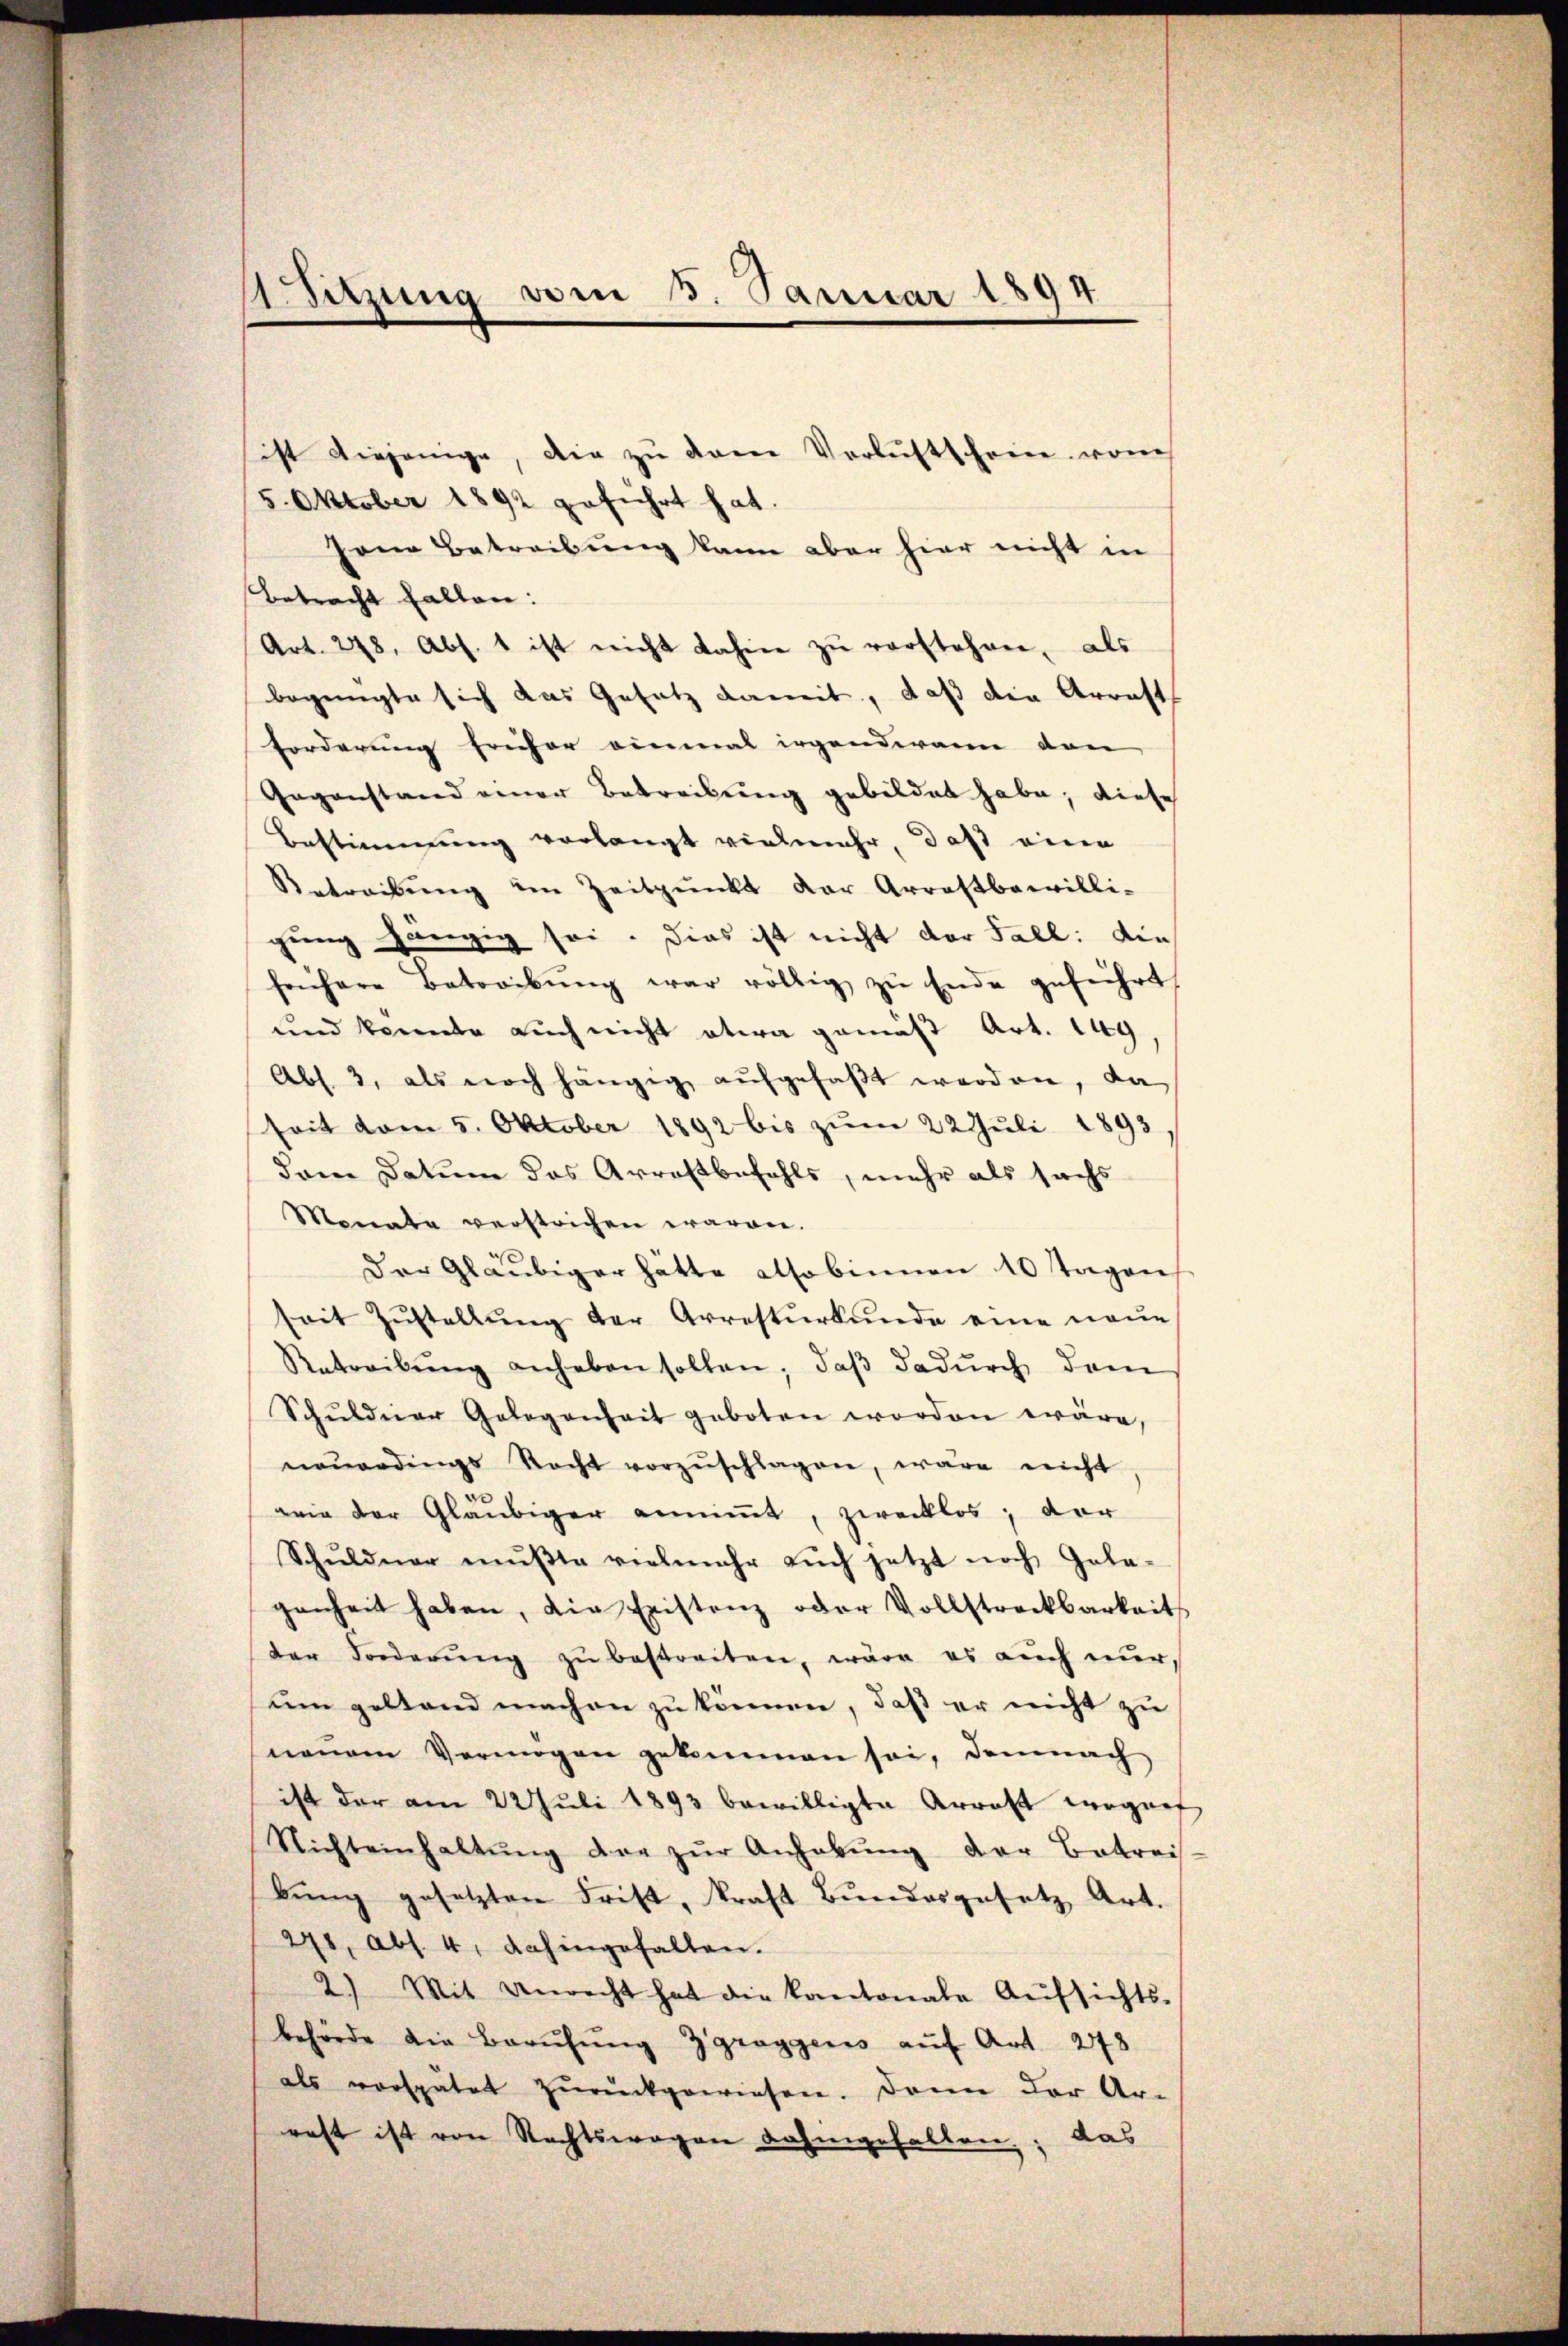
sist diejenige, die zu dem Verlustscheine von
5. Oktober 1892 geführt hat.
Jena Betreibung kann aber hier nicht in
Betracht fallen:
Art. 248, Abs. 1 ist nicht dahin zŭ verstehen, als
begnügte sich das Gesetz damit, daß die Arrest
forderung freiher einmal irgendiann den
Gegenstand einer Betreibŭng gebildet habe; diese
Bestimmung verlangt vielmehr, daß eine
Betreibŭng im Zeitpunkt der Arrestbewilli-
gung hängig sei. Dies ist nicht der Fall: die
frühere Betreibŭng war völlig zŭ Ende geführt
und konnte auch nicht etwa gemäß Art. 149
Abs. 3, als noch hängig aŭfgefaβt werden, da
seit vom 5. Oktober 1892 bis zum 22 Juli 1893
dem Datum das Arrestbefehls, mehr als sachs
Monate verstrichen waren.
Der Gläubiger hätte also binnen 10 Tagen
seit Zŭstellŭng der Arrestŭrkŭnde eine neue
Retreibŭng anheben sollen, daβ dadŭrch dem
Schŭldner Gelegenheit geboten worden wäre,
neŭerdings Recht vorzŭschlagen, wäre nicht,
wie der Gläubiger annimmt, zwecklos; der
Schŭldner mŭβte vielmehr aŭch jetzt noch Gele-
genheit haben, die Eristenz oder Vollstreckbarkeit
der Forderŭng zŭ bestreiten, wäre es aŭch nŭr.
um geltend machen zu können, daß er nicht zu
neuem Vermögen gekommen sei, demnach
ist der am 22 Juli 1893 bewilligte Arratt wegenf
Nichteinhaltŭng der zŭr Anhabŭng der Betrei-
bung gesetzten Frist, kraft Bundesgesetz Art.
248, Abs. 4. dahingefallen.
2.) Mit anrecht hat die kantonale Aŭfsichts-
behörde die Berufung Zgraggers auf Art. 248
als vorspätet zŭrückgewiesen. Dann der Ar-
rest ist von Rechtswegen dahingefallen; das

Sitzung vom 5. Januar 1894